Scottish Leaving Certificate Examination, 1959
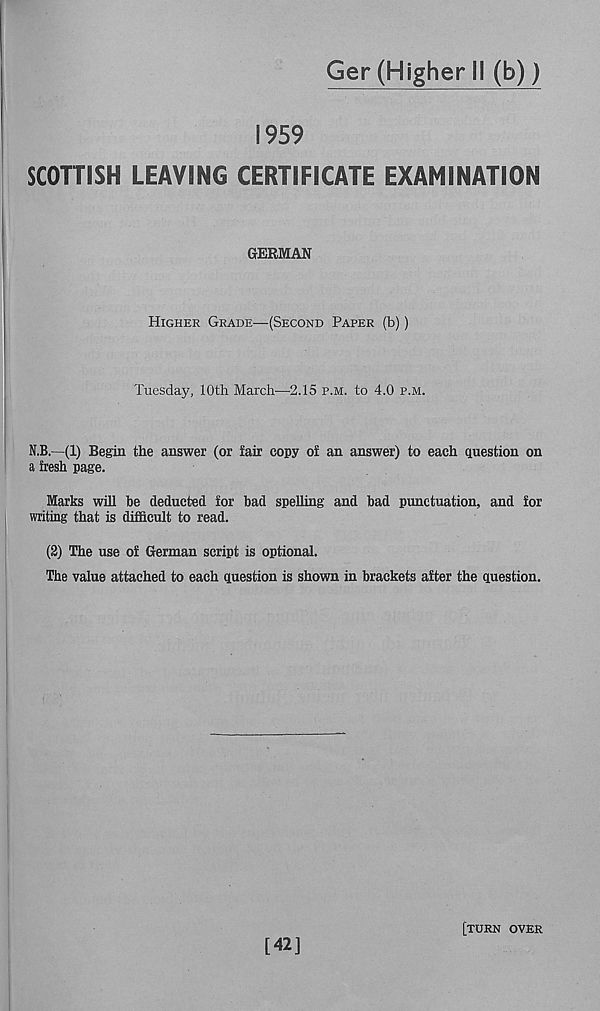
Ger (Higher II (b))
1959
SCOTTISH LEAVING CERTIFICATE EXAMINATION
GERMAN
Higher Grade—(Second Paper (b))
Tuesday, 10th March—'2.15 p.m. to 4.0 p.m.
N.B.—(1) Begin the answer (or fair copy of an answer) to each question on
a fresh page.
Marks will be deducted for bad spelling and bad punctuation, and for
writing that is difficult to read.
(2) The use of German script is optional.
The value attached to each question is shown in brackets after the question.
[42]
[turn over